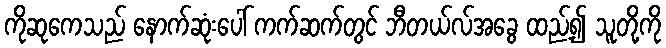
ကိုဆုကေသည် နောက်ဆုံးပေါ် ကက်ဆက်တွင် ဘီတယ်လ်အခွေ ထည့်၍ သူတို့ကို